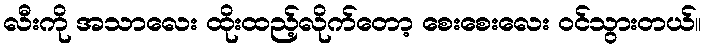
လီးကို အသာလေး ထိုးထည့်လိုက်တော့ စေးစေးလေး ဝင်သွားတယ်။